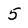
Character: 5